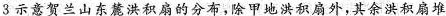
3示意贺兰山东麓洪积扇的分布，除甲地洪积扇外，其余洪积扇堆